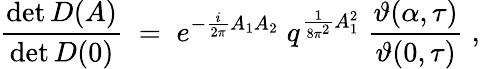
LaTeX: \frac{\operatorname*{det}D(A)}{\operatorname*{det}D(0)}\; =\; e^{-\frac{i}{2\pi}A_{1}A_{2}}\; q^{\frac{1}{8\pi^{2}}A_{1}^{2}}\; \frac{\vartheta(\alpha,\tau)}{\vartheta(0,\tau)}\; ,